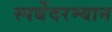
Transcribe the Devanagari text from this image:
स्पर्धेेदरम्यान